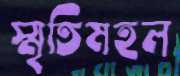
স্মৃতিমহল